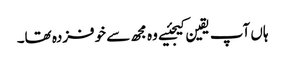
ہاں آپ یقین کیجئیے وہ مجھ سے خوفزدہ تھا۔